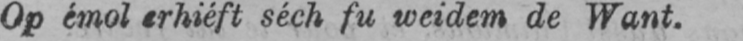
Op émoi erhiéft séch fu weidem de Want.